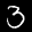
Label: 3